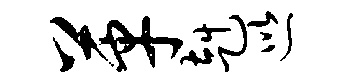
革赳巡